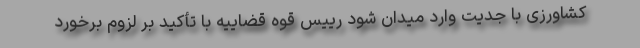
کشاورزی با جدیت وارد میدان شود رییس قوه قضاییه با تأکید بر لزوم برخورد